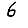
Digit: 6